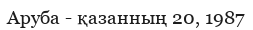
Аруба - қазанның 20, 1987